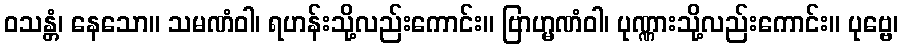
ဝသန္တံ၊ နေသော။ သမဏံဝါ၊ ရဟန်းသို့လည်းကောင်း။ ဗြာဟ္မဏံဝါ၊ ပုဏ္ဏားသို့လည်းကောင်း။ ပုဗ္ဗေ၊